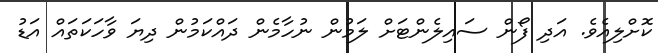
ކޮށްލިއެވެ. އަދި ފޯން ސައިލެންޓަށް ލަމުން ނުހާމެން ދައްކަމުން ދިޔަ ވާހަކަތައް އަޑު